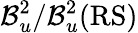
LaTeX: \mathcal{B}_{u}^{2}/\mathcal{B}_{u}^{2}(\mathrm{RS)}